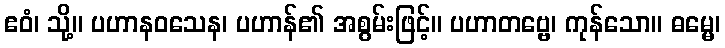
ဧဝံ၊ သို့။ ပဟာနဝသေန၊ ပဟာန်၏ အစွမ်းဖြင့်။ ပဟာတဗ္ဗေ၊ ကုန်သော။ ဓမ္မေ၊